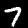
Digit: 7